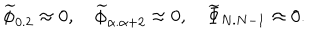
LaTeX: { \widetilde \phi } _ { 0 . 2 } \approx 0 , \quad { \widetilde \phi } _ { \alpha . \alpha + 2 } \approx 0 , \quad { \widetilde \Phi } _ { N . N - 1 } \approx 0 .